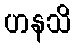
ဟနသိ